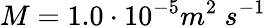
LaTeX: M=1.0\cdot 10^{-5}m^{2}\ s^{-1}